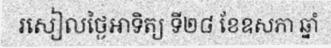
រសៀលថ្ងៃអាទិត្យ ទី២៨ ខែឧសភា ឆ្នាំ